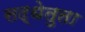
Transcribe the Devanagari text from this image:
सद्धेतुता